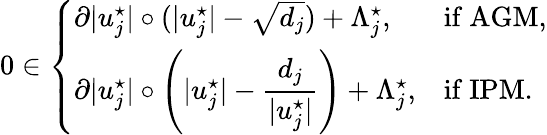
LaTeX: \begin{array}{r}{0\in\left\{ \begin{array}{ll}{\partial|u_{j}^{\star}|\circ(|u_{j}^{\star}|-\sqrt{d_{j}})+\Lambda_{j}^{\star},}&{\mathrm{if~AGM},}\\ {\partial|u_{j}^{\star}|\circ\left(|u_{j}^{\star}|-\displaystyle\frac{d_{j}}{|u_{j}^{\star}|}\right)+\Lambda_{j}^{\star},}&{\mathrm{if~IPM.}}\end{array}\right.}\end{array}